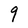
Character: 9